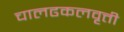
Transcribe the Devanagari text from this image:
चालढकलवृत्ती